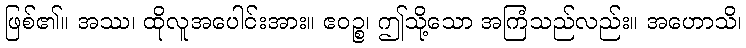
ဖြစ်၏။ အဿ၊ ထိုလူအပေါင်းအား။ ဧဝဉ္စ၊ ဤသို့သော အကြံသည်လည်း။ အဟောသိ၊